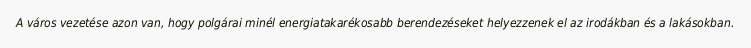
A város vezetése azon van, hogy polgárai minél energiatakarékosabb berendezéseket helyezzenek el az irodákban és a lakásokban.